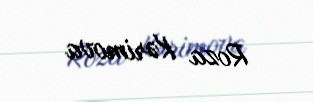
Roza Kərimova